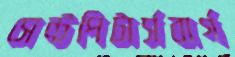
সেন্টপিটার্সবার্গ